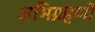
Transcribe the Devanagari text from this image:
अभिग्रहणों